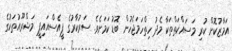
އަމާޒުކޮށް ކުރި މަސައްކަތްތަކާ މެދު ހިތްހަމަޖެހުން ބޮޑު ކަމަށެވެ. ސަރުކާރުގެ ޕީއެސްއައިޕީ މަޝްރޫއުތަކުގެ